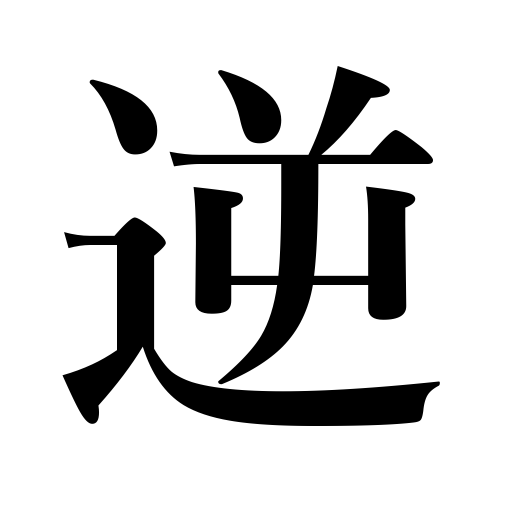
Meanings: unnatural,wicked,offend,upside down,inverse,traitorous,reverse,act contrary to,inversion,opposite,oppose